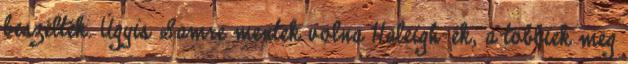
beszélték. Úgyis Samre mentek volna Haleigh-ék, a többiek meg